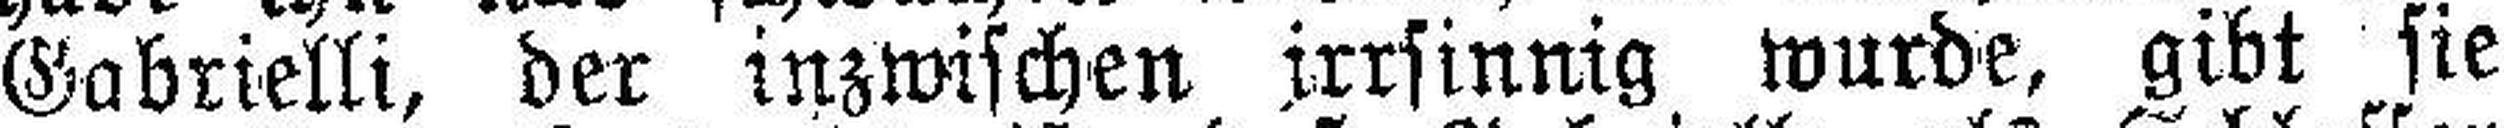
Gabrielli, der inzwischen irrsinnig wurde, gibt sie